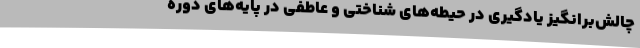
چالش‌برانگیز یادگیری در حیطه‌های شناختی و عاطفی در پایه‌های دوره